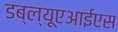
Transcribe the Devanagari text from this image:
डब्ल्यूएआईएस